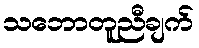
သဘောတူညီချက်